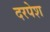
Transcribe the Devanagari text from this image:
दरपेश